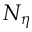
N _ { \eta }